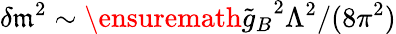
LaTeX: \delta\mathfrak{m}^{2}\sim\ensuremath{{\tilde{{g}}_{B}}}^{2}\Lambda^{2}/(8\pi^{2})